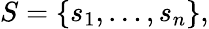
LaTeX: S=\{ s_{1},\ldots,s_{n}\} ,